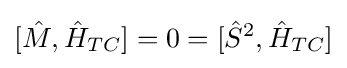
[{\hat {M}},{\hat {H}}_{TC}]=0=[{\hat {S}}^{2},{\hat {H}}_{TC}]